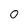
Character: 0